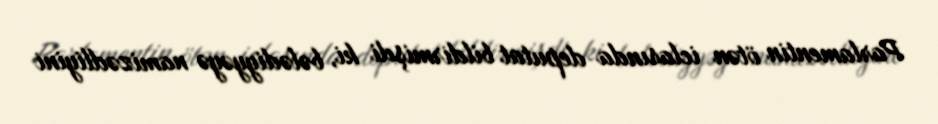
Parlamentin ötən iclasında deputat bildirmişdi ki, bələdiyyəyə namizədliyini